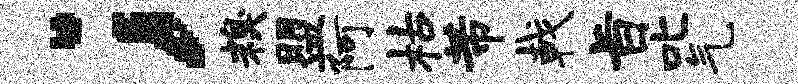
；糗盟阿枯芾戟旨叱气